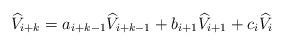
LaTeX: \begin{align*} \widehat V_{i+k}=a_{i+k-1} \widehat V_{i+k-1} + b_{i+1} \widehat V_{i+1} + c_i \widehat V_i\end{align*}